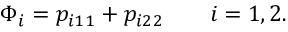
\Phi _ { i } = p _ { i 1 } \L _ { 1 } + p _ { i 2 } \L _ { 2 } \qquad i = { 1 , 2 } .